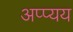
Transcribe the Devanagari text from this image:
अप्प्यय